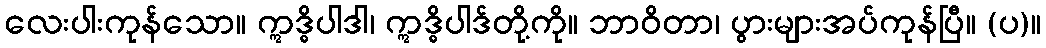
လေးပါးကုန်သော။ ဣဒ္ဓိပါဒါ၊ ဣဒ္ဓိပါဒ်တို့ကို။ ဘာဝိတာ၊ ပွားများအပ်ကုန်ပြီ။ (ပ)။